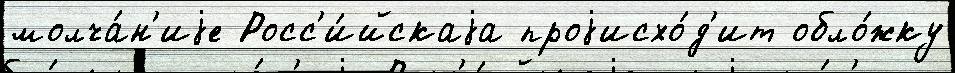
молча́н'иjе Росс'и́йскаjа проjисхо́д'ит обло́жку